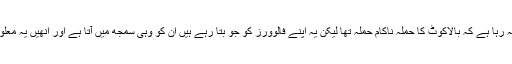
آپ کو معلوم ہے کہ ساری دنیا کا میڈیا کہہ رہا ہے کہ بالاکوٹ کا حملہ ناکام حملہ تھا لیکن یہ اپنے فالوورز کو جو بتا رہے ہیں ان کو وہی سمجھ میں آتا ہے اور انھیں یہ معلوم ہے کہ کوئی ان سے سوال نہیں کرے گا۔